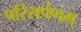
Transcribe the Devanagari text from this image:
परिसर्पणम्